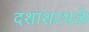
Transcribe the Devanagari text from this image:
दशांशस्थळे